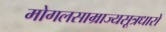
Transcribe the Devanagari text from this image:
मोगलसाम्राज्यसूत्रधारो